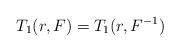
LaTeX: \begin{align*}T_1(r,F) = T_1(r, F^{-1})\end{align*}